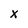
Character: X